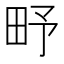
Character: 𤰩